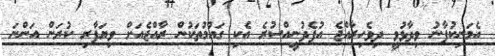
އެމަނިކުފާނު ވިދާޅުވީ ދިވެހިރާއްޖެ އުފެދުނީއްސުރެ އެކި ގައުމުތަކުން ރާއްޖެއަށް ވިޔަފާރި ކުރަން އަންނަ